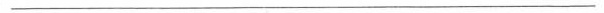
___